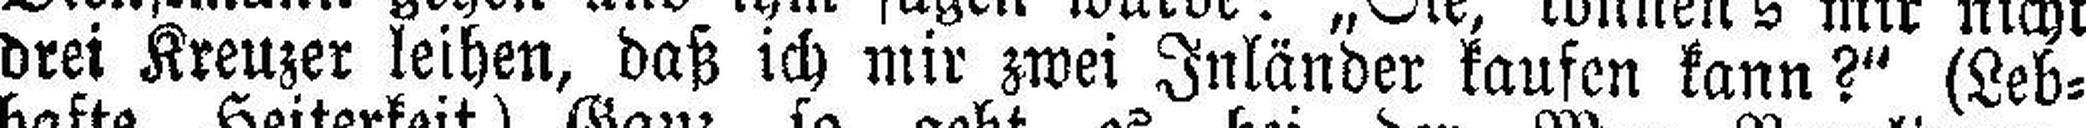
drei Kreuzer leihen, daß ich mir zwei Inländer kaufen kann?" (Leb¬